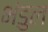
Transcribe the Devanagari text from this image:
भंडुल